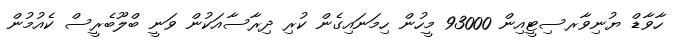
ހާވާޑް ޔުނިވާރސިޓީއިން 93000 މީހުން ހިމަނައިގެން ކުރި ދިރާސާއަކުން ވަނީ ބްލޫބެރީސް ކެއުމުން